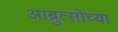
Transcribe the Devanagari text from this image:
आब्रुत्सोच्या